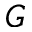
G